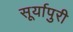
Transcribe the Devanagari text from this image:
सूर्यापुरी